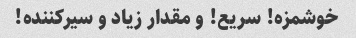
خوشمزه! سریع! و مقدار زیاد و سیرکننده!